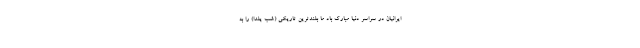
ایرانیان در سراسر دنیا مبارک باد ما بلندترین تاریکی (شب یلدا) را به